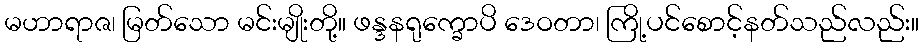
မဟာရာဇ၊ မြတ်သော မင်းမျိုးတို့။ ဖန္ဒနရုက္ခောပိ ဒေဝတာ၊ ကြို့ပင်စောင့်နတ်သည်လည်း။